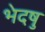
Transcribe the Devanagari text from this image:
भेदषु